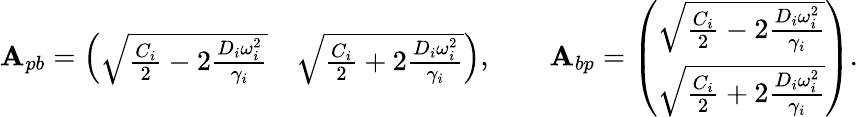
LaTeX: \mathbf{A}_{pb}=\left(\begin{array}{ll}{\sqrt{\frac{C_{i}}{2}-2\frac{D_{i}\omega_{i}^{2}}{\gamma_{i}}}}&{\sqrt{\frac{C_{i}}{2}+2\frac{D_{i}\omega_{i}^{2}}{\gamma_{i}}}}\end{array}\right),\qquad\mathbf{A}_{bp}=\left(\begin{array}{l}{\sqrt{\frac{C_{i}}{2}-2\frac{D_{i}\omega_{i}^{2}}{\gamma_{i}}}}\\ {\sqrt{\frac{C_{i}}{2}+2\frac{D_{i}\omega_{i}^{2}}{\gamma_{i}}}}\end{array}\right).